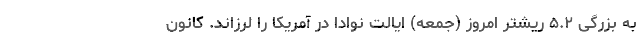
به بزرگی ۵.۲ ریشتر امروز (جمعه) ایالت نوادا در آمریکا را لرزاند. کانون